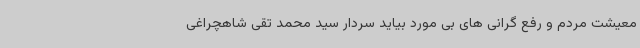
معیشت مردم و رفع گرانی های بی مورد بیاید سردار سید محمد تقی شاهچراغی